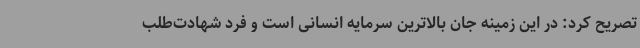
تصریح کرد: در این زمینه جان بالاترین سرمایه انسانی است و فرد شهادت‌طلب